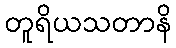
တူရိယသတာနိ